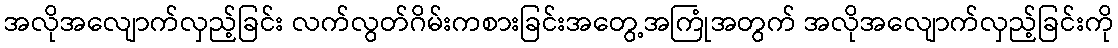
အလိုအလျောက်လှည့်ခြင်း လက်လွတ်ဂိမ်းကစားခြင်းအတွေ့အကြုံအတွက် အလိုအလျောက်လှည့်ခြင်းကို